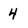
Character: 4